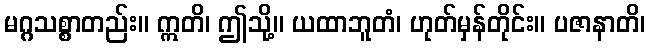
မဂ္ဂသစ္စာတည်း။ ဣတိ၊ ဤသို့။ ယထာဘူတံ၊ ဟုတ်မှန်တိုင်း။ ပဇာနာတိ၊